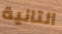
التالية